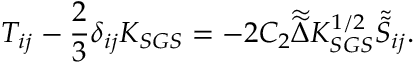
T _ { i j } - \frac { 2 } { 3 } \delta _ { i j } K _ { S G S } = - 2 C _ { 2 } \widetilde { \widetilde { \Delta } } K _ { S G S } ^ { 1 / 2 } \widetilde { \widetilde { S } } _ { i j } .